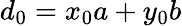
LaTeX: d_{0}=x_{0}a+y_{0}b